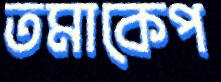
তমাকেপ